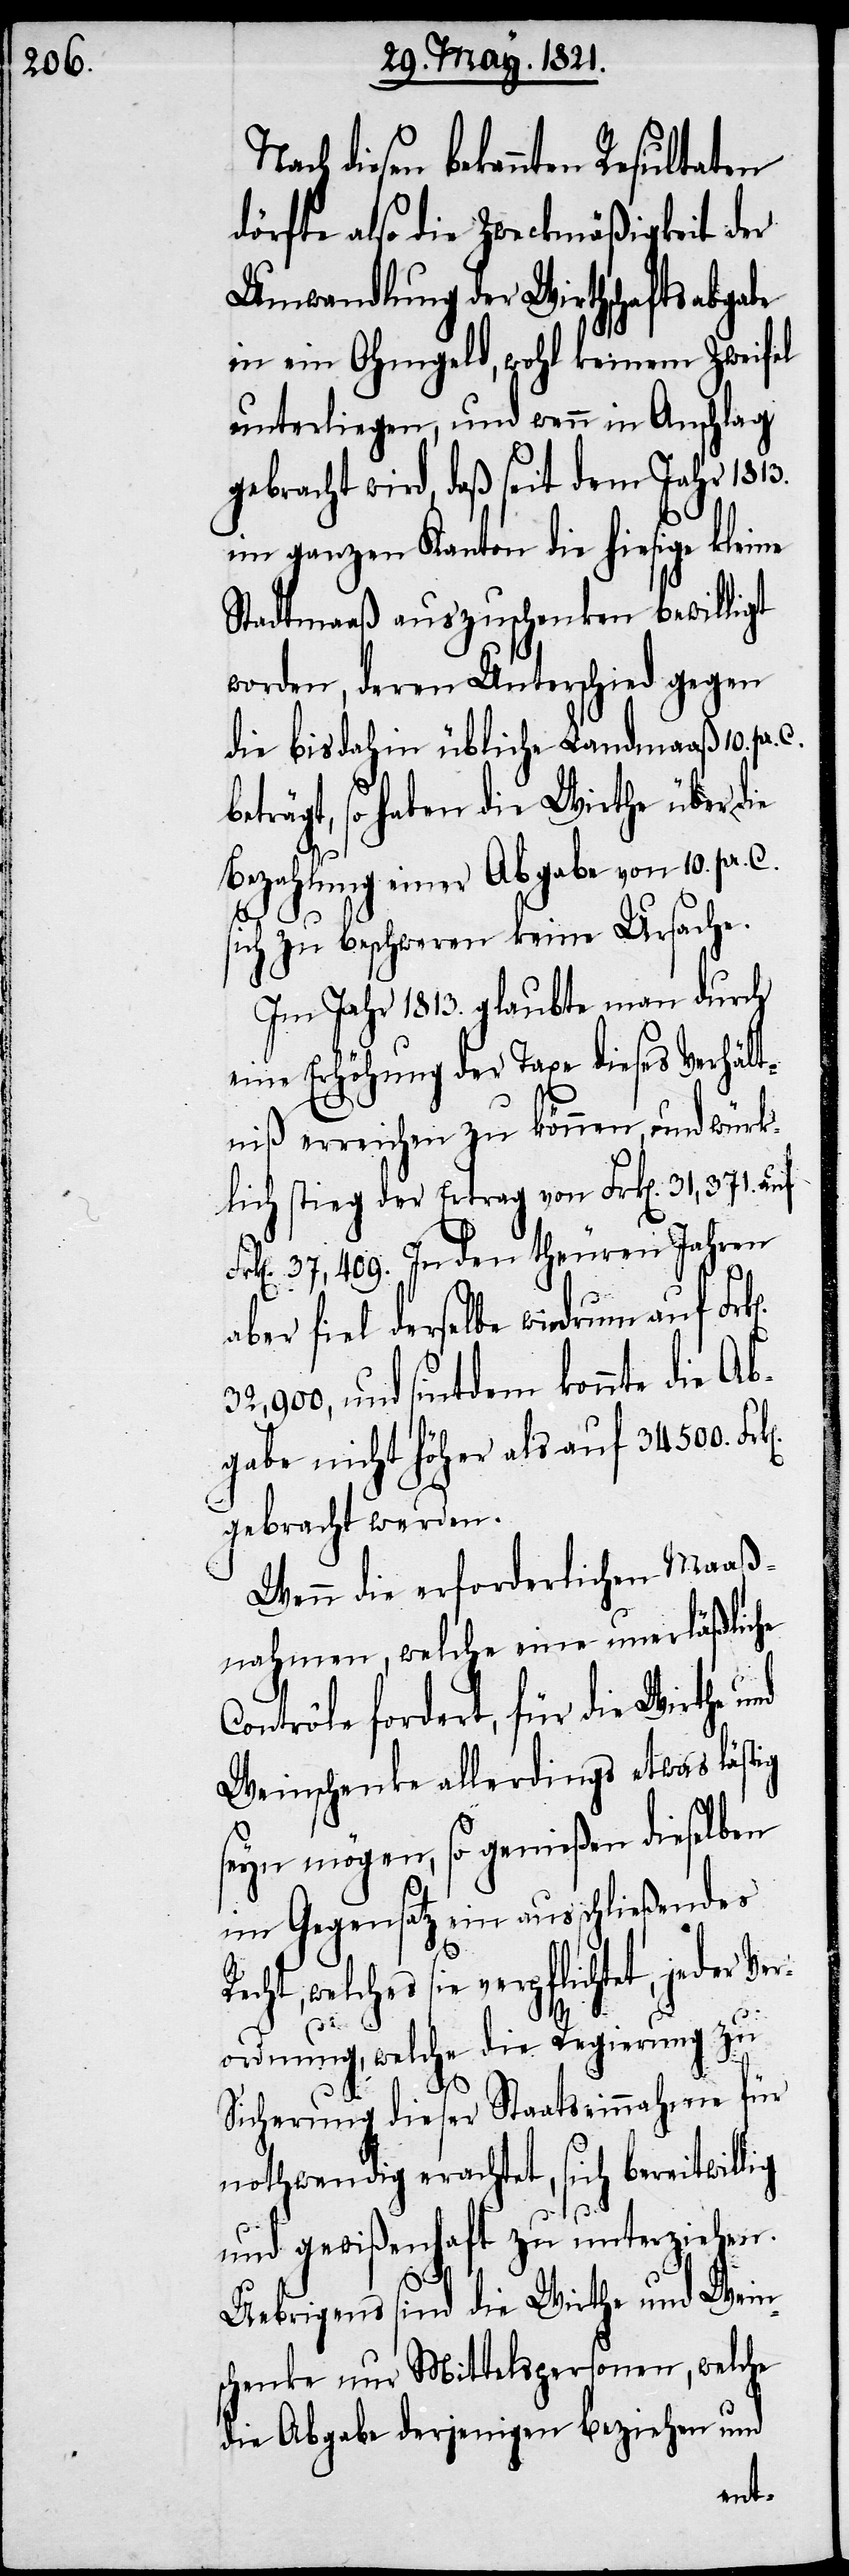
Nach diesen bekannten
dörfte also die Zweckmäßigkeit der
Umwandlung der Wirthschaftsabgabe
in ein Ohmgeld, wohl keinem Zweifel
unterliegen, und wenn in Anschlag
gebracht wird, daß seit dem Jahr 1813.
im ganzen Kanton die hiesige kleine
Stadtmaaß auszuschenken bewilligt
worden, deren Unterschied gegen
die bis dahin übliche Landmaaß 10. pr.
beträgt, so haben die Wirthe über die
Bezahlung einer Abgabe von 10. pr.
sich zu beschweren keine Ursache.
Im Jahr 1813. glaubte man durch
eine Erhöhung der Taxe dieses Verhält¬
niß erreichen zu können, und würk¬
lich stieg der Ertrag von Frk[en]. 31,371 auf
37,409. In den theuren Jahren
aber fiel derselbe wiedrum auf Frk[e¬
und seitdem könnte die Ab¬
gabe nicht höher als auf 34 500.
gebracht werden.
Wenn die erforderlichen Maaß¬
nahmen, welche eine unerläßliche
Contrôle fordert, für die Wirthe
Weinschenke allerdings etwas lästig
seyn mögen, so genießen dieselben
im Gegensatz ein ausschließendes
cht, welches sie verpflichtet, jeder
Ver¬
ordnung, welche die Regierung zu
lig
Sicherung dieser Staatseinnahme für
nothwendig erachtet, sich bereitwil¬
und gewißenhaft zu unterziehen.
Uebrigens sind die Wirthe und Wein¬
schenke nur Mittelspersonen, welche
die Abgabe derjenigen beziehen und